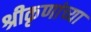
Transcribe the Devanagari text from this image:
श्रीकृणांच्या